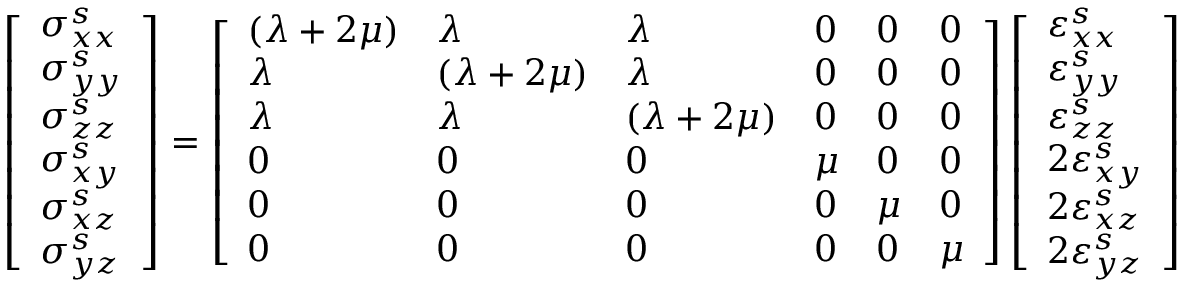
\begin{array} { r } { \left[ \begin{array} { l } { \sigma _ { x x } ^ { s } } \\ { \sigma _ { y y } ^ { s } } \\ { \sigma _ { z z } ^ { s } } \\ { \sigma _ { x y } ^ { s } } \\ { \sigma _ { x z } ^ { s } } \\ { \sigma _ { y z } ^ { s } } \end{array} \right] = \left[ \begin{array} { l l l l l l } { ( \lambda + 2 \mu ) } & { \lambda } & { \lambda } & { 0 } & { 0 } & { 0 } \\ { \lambda } & { ( \lambda + 2 \mu ) } & { \lambda } & { 0 } & { 0 } & { 0 } \\ { \lambda } & { \lambda } & { ( \lambda + 2 \mu ) } & { 0 } & { 0 } & { 0 } \\ { 0 } & { 0 } & { 0 } & { \mu } & { 0 } & { 0 } \\ { 0 } & { 0 } & { 0 } & { 0 } & { \mu } & { 0 } \\ { 0 } & { 0 } & { 0 } & { 0 } & { 0 } & { \mu } \end{array} \right] \left[ \begin{array} { l } { \varepsilon _ { x x } ^ { s } } \\ { \varepsilon _ { y y } ^ { s } } \\ { \varepsilon _ { z z } ^ { s } } \\ { 2 \varepsilon _ { x y } ^ { s } } \\ { 2 \varepsilon _ { x z } ^ { s } } \\ { 2 \varepsilon _ { y z } ^ { s } } \end{array} \right] } \end{array}